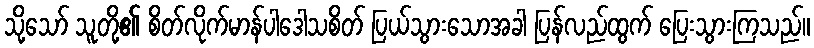
သို့သော် သူတို့၏ စိတ်လိုက်မာန်ပါဒေါသစိတ် ပြယ်သွားသောအခါ ပြန်လည်ထွက် ပြေးသွားကြသည်။